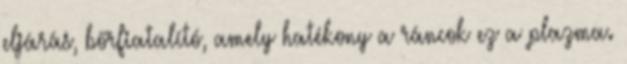
eljárás, bőrfiatalító, amely hatékony a ráncok ez a plazma.